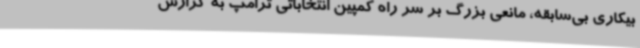
بیکاری بی‌سابقه، مانعی بزرگ بر سر راه کمپین انتخاباتی ترامپ به گزارش